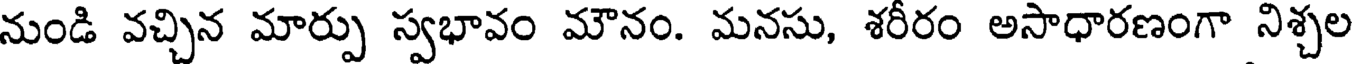
నుండి వచ్చిన మార్పు స్వభావం మౌనం. మనసు, శరీరం అసాధారణంగా నిశ్చల